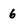
Character: 6